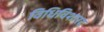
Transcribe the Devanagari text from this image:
विधिविशारद